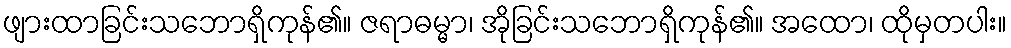
ဖျားထာခြင်းသဘောရှိကုန်၏။ ဇရာဓမ္မာ၊ အိုခြင်းသဘောရှိကုန်၏။ အထော၊ ထိုမှတပါး။